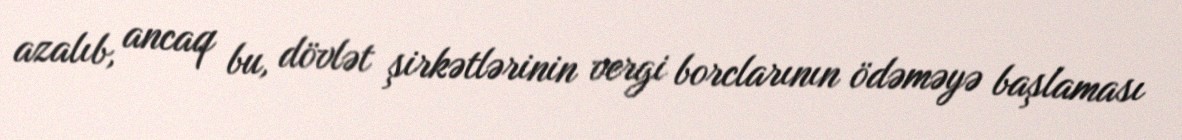
azalıb, ancaq bu, dövlət şirkətlərinin vergi borclarının ödəməyə başlaması